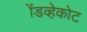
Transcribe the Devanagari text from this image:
ॲडव्हेकोट